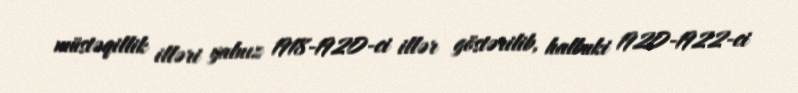
müstəqillik illəri yalnız 1918-1920-ci illər göstərilib, halbuki 1920-1922-ci